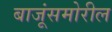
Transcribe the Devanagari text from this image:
बाजूंसमोरील